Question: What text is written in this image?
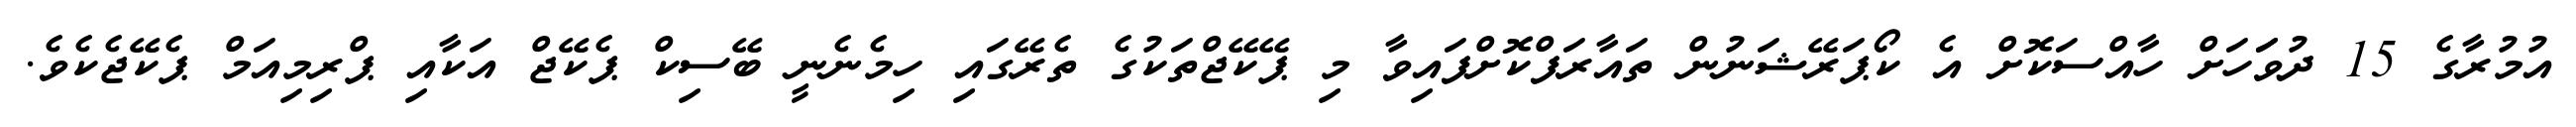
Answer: އުމުރާގެ 15 ދުވަަހަށް ހާއްސަކޮށް އެ ކޯޕަރޭޝަނުން ތައާރަފްކޮށްފައިވާ މި ޕޭކޭޖްތަކުގެ ތެރޭގައި ހިމެނެނީ ބޭސިކް ޕެކޭޖް އަކާއި ޕްރިމިއަމް ޕެކޭޖެކެވެ.